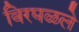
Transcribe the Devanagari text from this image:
विरघळले